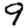
Digit: 9